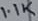
Text: 1.1K